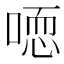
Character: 𰈒